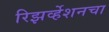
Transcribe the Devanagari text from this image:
रिझर्व्हेशनचा